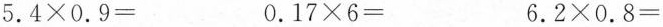
5.4\times0.9= 0.17\times6= 6.2\times0.8=